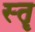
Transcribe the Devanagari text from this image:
स्‍तॄ